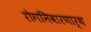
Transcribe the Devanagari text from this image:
रोगनिवारणार्थ